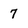
Character: 7